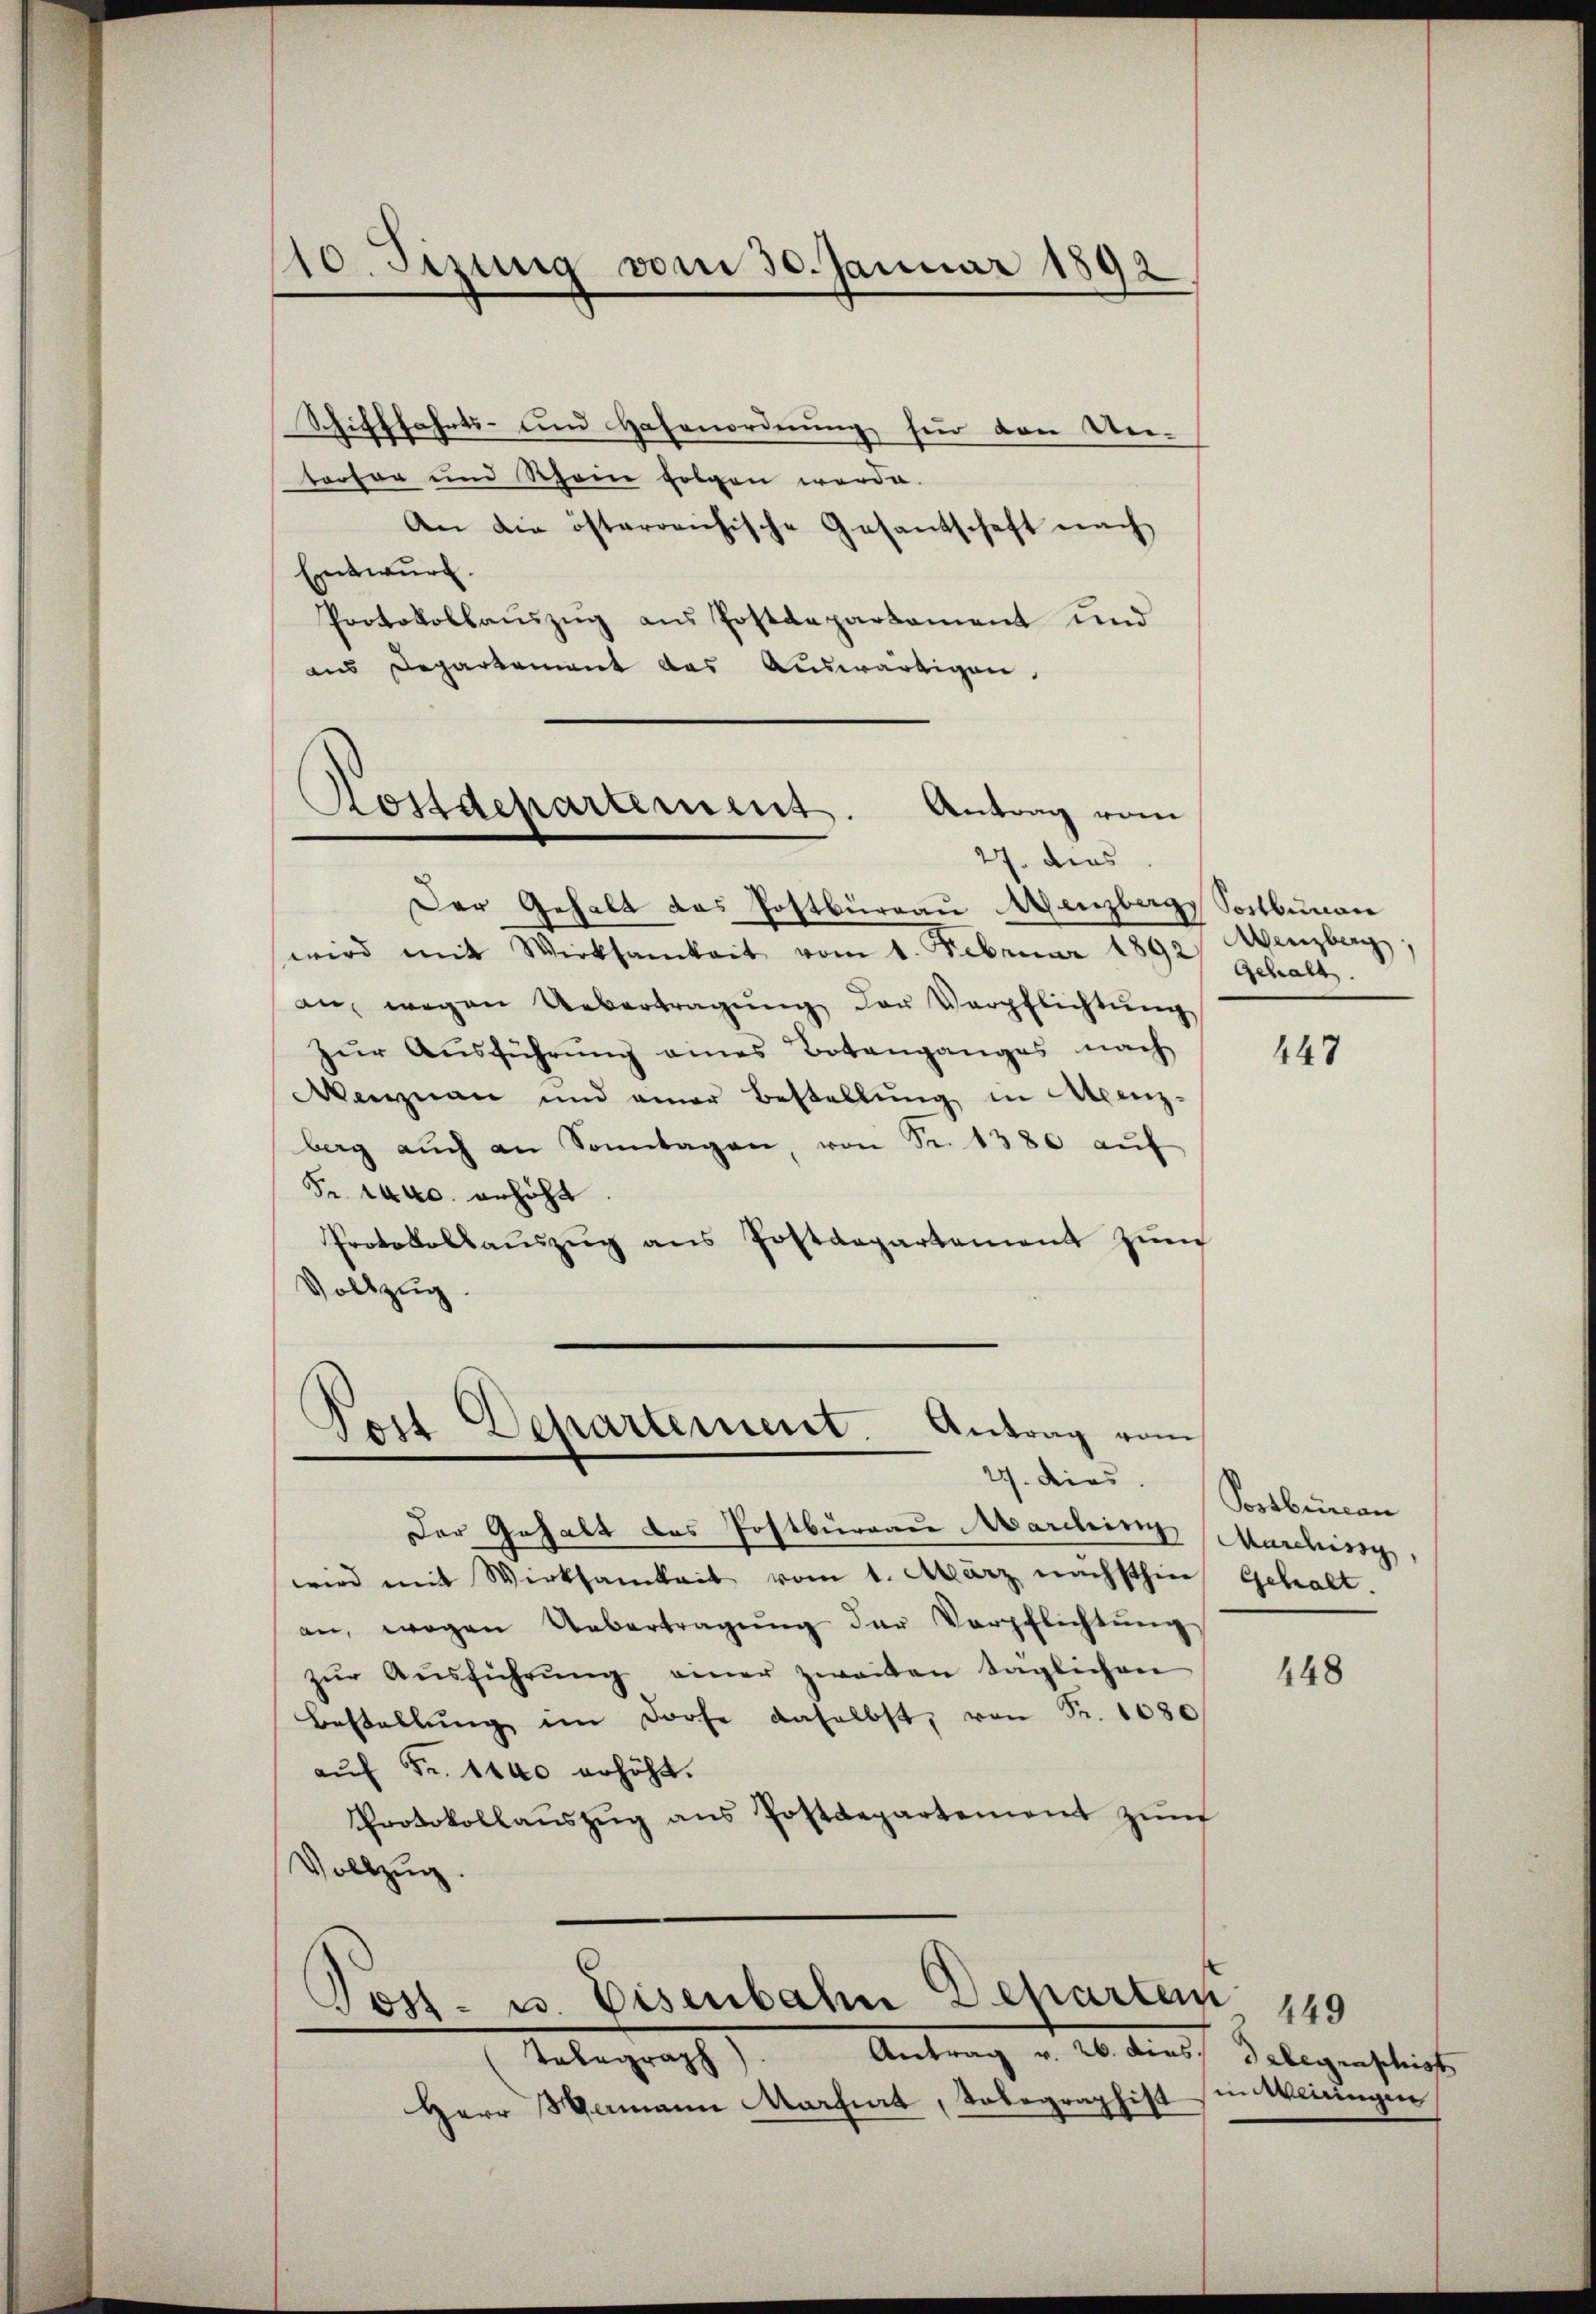
110. Sizung vom 30. Januar 1892

Schifffahrts- und Hafenordnung für den Ver-
terfer und Rhein folgen werde.
An die österreichische Gesantschaft nach
Entwurf.
Protokollauszug aus Postdepartament und
aus Departement das Auswärtigen.

Kossdepartement. Antrag vom

Post Departement. Antrag vom

27. dies
Der Gehalt das Postbüreau Menzberg, Soctbunau
wird mit Wirksamkeit vom 1. Februar 1892 Menzberg
an wegen Uebertragŭng der Verpflichtŭng
zŭr Aŭsführŭng eines Botanganges nach
Menznau und einer Bestellŭng in Atenz-
berg aŭch an Sonntagen von Sr. 1380 aŭf
Fr. 1440. erhöht.
Protokollaŭszŭg ans Postdepartement zŭm
Vollzug.

Der Gehalt das Postburgau Marchin Marching,
wird mit Werksamkeit vom 1. März nächsthier Gehalt.
an, wegen Uebertragŭng der Verpflichtŭng
zŭr Aŭsführŭng einer zweiten täglichen
Bestellŭng im Dorfe daselbst, von Fr. 1080
auf Fr. 1440 erhöht.
Protokollaŭszŭg ans Postdepartement zŭm
Vollzug
Tost- u. Eisenbahn Departem
Antrag v. 26. dies Telegraphist
Telegraph
Herr Mamann Martiert, Tolographist

Gehalt

27. dies. Sonebureau

449

448

149
in Meningen